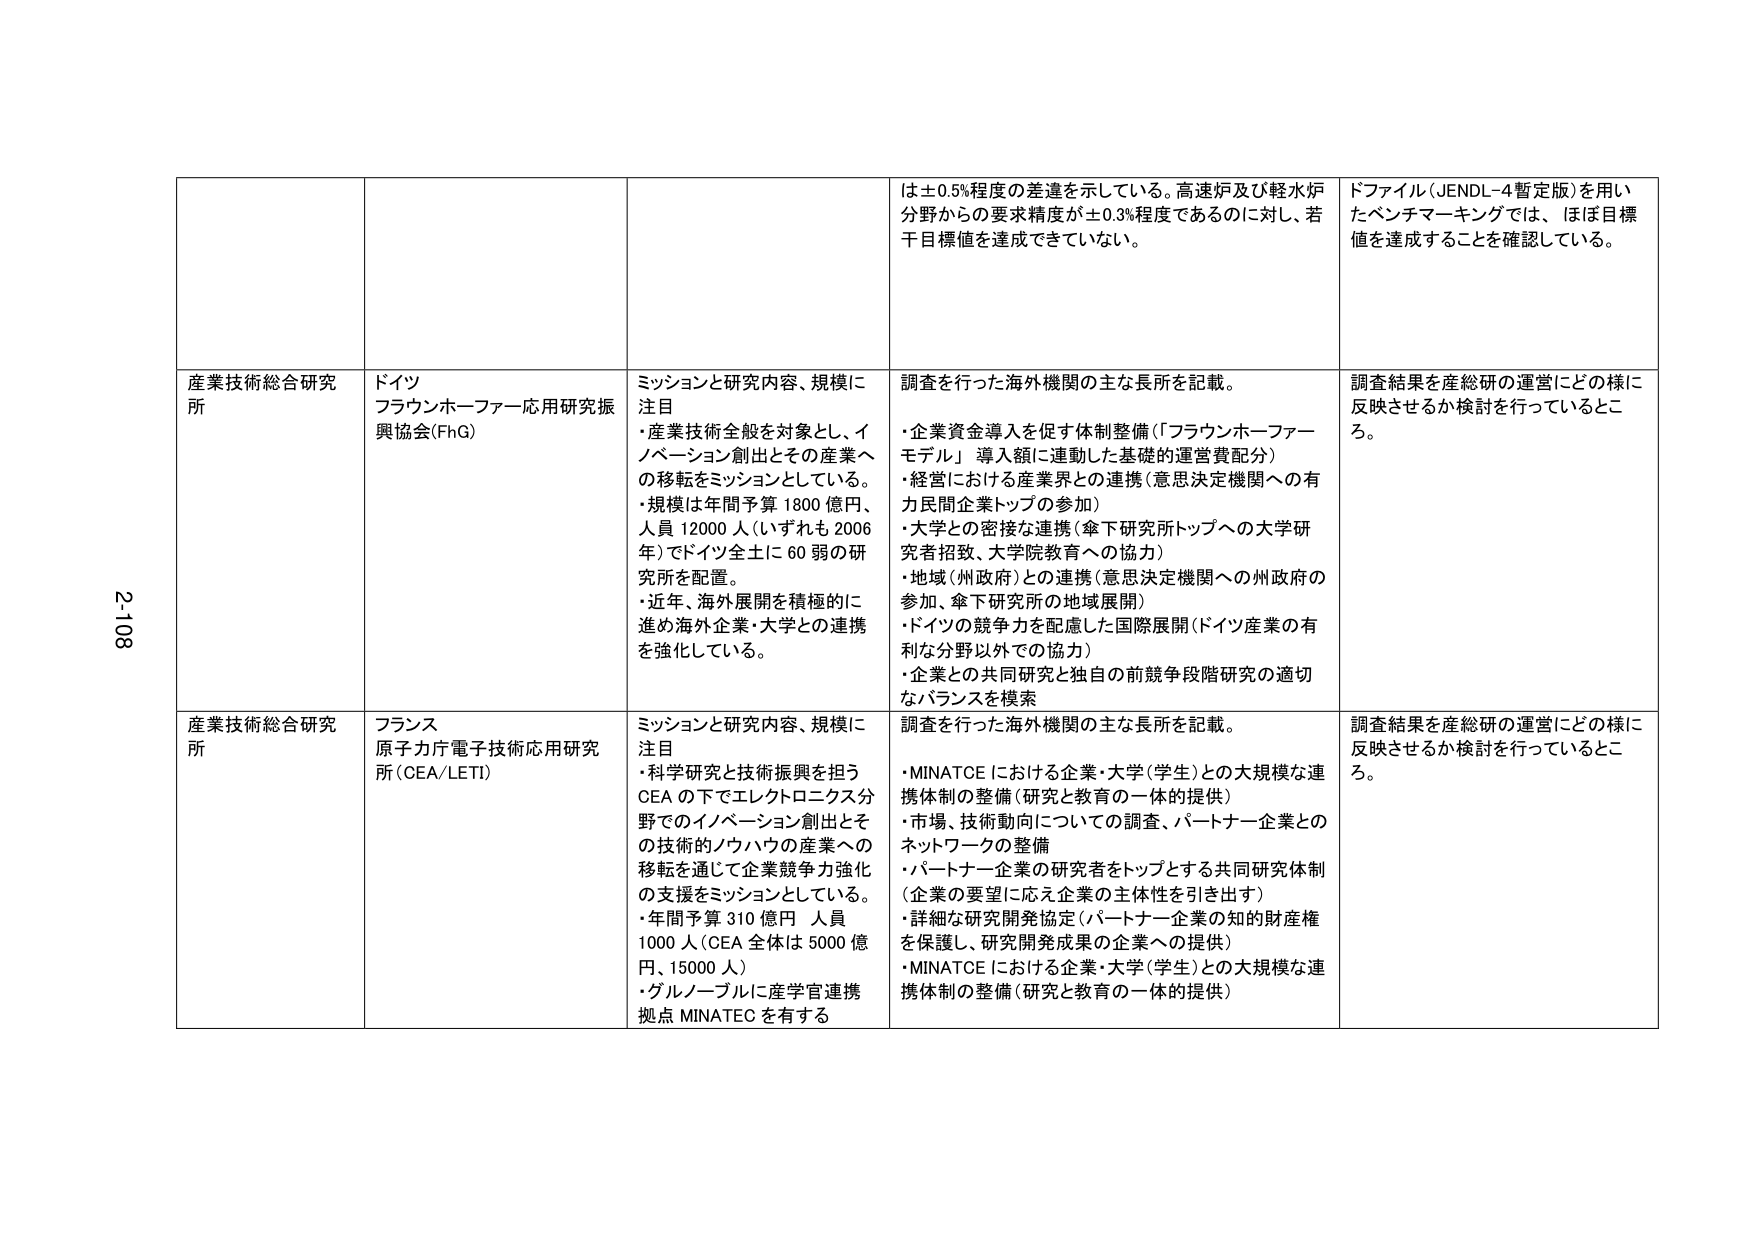
2-108

産業技術総合研究所

ドイツ
フラウンホーファー応用研究振興協会(FhG)

ミッションと研究内容、規模に注目
・産業技術全般を対象とし、イノベーション創出とその産業への移転をミッションとしている。
・規模は年間予算 1800 億円、人員 12000 人（いずれも 2006 年）でドイツ全土に 60 弱の研究所を配置。
・近年、海外展開を積極的に進め海外企業・大学との連携を強化している。

調査を行った海外機関の主な長所を記載。
・企業資金導入を促す体制整備（「フラウンホーファーモデル」導入額に連動した基礎的運営費配分）
・経営における産業界との連携（意思決定機関への有力民間企業トップの参加）
・大学との密接な連携（傘下研究所トップへの大学研究者招致、大学院教育への協力）
・地域（州政府）との連携（意思決定機関への州政府の参加、傘下研究所の地域展開）
・ドイツの競争力を配慮した国際展開（ドイツ産業の有利な分野以外での協力）
・企業との共同研究と独自の前競争段階研究の適切なバランスを模索

調査結果を産総研の運営にどの様に反映させるか検討を行っているところ。

産業技術総合研究所

フランス
原子力庁電子技術応用研究所（CEA/LETI）

ミッションと研究内容、規模に注目
・科学研究と技術振興を担う CEA の下でエレクトロニクス分野でのイノベーション創出とその技術的ノウハウの産業への移転を通じて企業競争力強化の支援をミッションとしている。
・年間予算 310 億円 人員 1000 人（CEA 全体は 5000 億円、15000 人）
・グルノーブルに産学官連携拠点 MINATEC を有する

調査を行った海外機関の主な長所を記載。
・MINATEC における企業・大学（学生）との大規模な連携体制の整備（研究と教育の一体的提供）
・市場、技術動向についての調査、パートナー企業とのネットワークの整備
・パートナー企業の研究者をトップとする共同研究体制（企業の要望に応え企業の主体性を引き出す）
・詳細な研究開発協定（パートナー企業の知的財産権を保護し、研究開発成果の企業への提供）
・MINATEC における企業・大学（学生）との大規模な連携体制の整備（研究と教育の一体的提供）

調査結果を産総研の運営にどの様に反映させるか検討を行っているところ。

は±0.5%程度の差違を示している。高速炉及び軽水炉分野からの要求精度が±0.3%程度であるのに対し、若干目標値を達成できていない。

ドファイル（JENDL-4暫定版）を用いたベンチマーキングでは、ほぼ目標値を達成することを確認している。